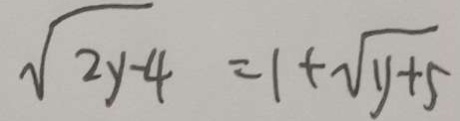
\sqrt { 2 y - 4 } = 1 + \sqrt { y + 5 }